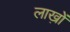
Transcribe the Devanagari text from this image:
लाख़ों